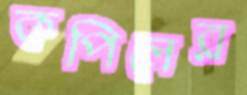
কপিলের